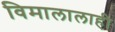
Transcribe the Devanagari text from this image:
विमालालाही